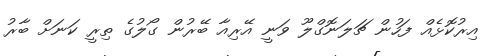
އިރުކޮޅެއް ފަހުން ޗަލަނޮގްލޫ ވަނީ އޭރިއާ ބޭރުން ގޯލުގެ ތިރީ ކަނަށް ބާރު